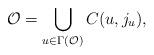
LaTeX: \begin{align*} \mathcal{O} = \bigcup_{u \in \Gamma(\mathcal{O})} C(u,j_u),\end{align*}